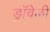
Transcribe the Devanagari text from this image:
ड्रॉवेळी